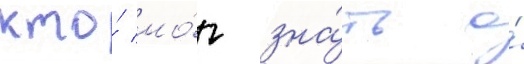
кто́ мо́г зна́ть о́